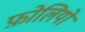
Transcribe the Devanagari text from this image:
फ़ोलियो